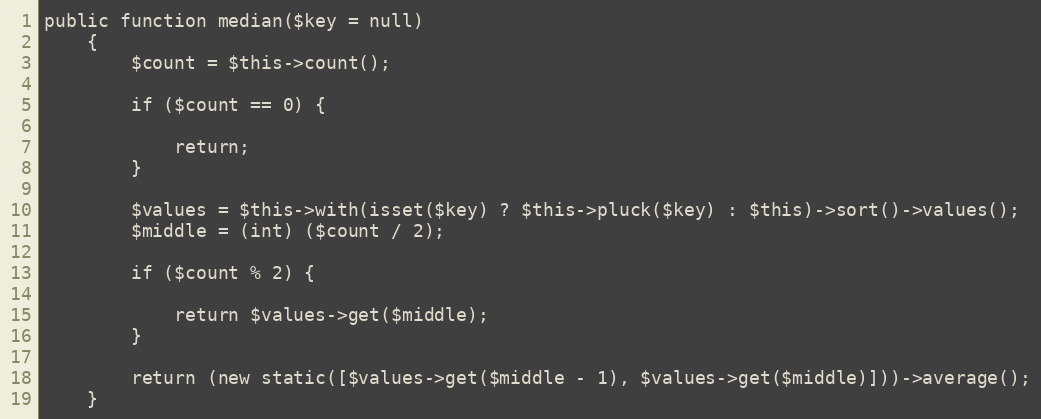
Language: PHP
public function median($key = null)
    {
        $count = $this->count();

        if ($count == 0) {

            return;
        }

        $values = $this->with(isset($key) ? $this->pluck($key) : $this)->sort()->values();
        $middle = (int) ($count / 2);

        if ($count % 2) {

            return $values->get($middle);
        }

        return (new static([$values->get($middle - 1), $values->get($middle)]))->average();
    }